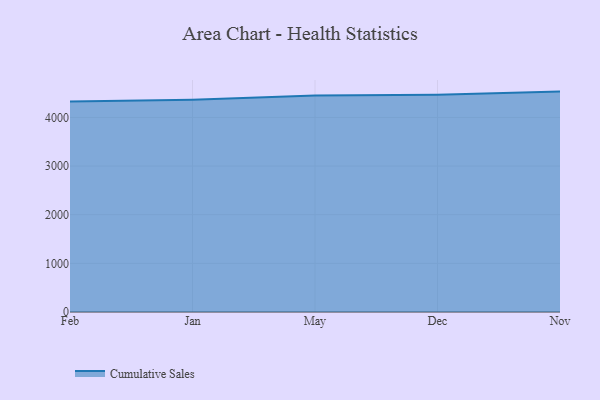
{"axis": {"x": "Month", "y": "Latency (ms)"}, "legend": ["Cumulative Sales"], "data": [{"x": "Feb", "y": 4326.2, "type": "Cumulative Sales"}, {"x": "Jan", "y": 4363.4, "type": "Cumulative Sales"}, {"x": "May", "y": 4450.0, "type": "Cumulative Sales"}, {"x": "Dec", "y": 4465.7, "type": "Cumulative Sales"}, {"x": "Nov", "y": 4530.5, "type": "Cumulative Sales"}]}